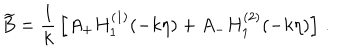
\widetilde { B } = { \frac { 1 } { k } } \left[ A _ { + } H _ { 1 } ^ { ( 1 ) } ( - k \eta ) + A _ { - } H _ { 1 } ^ { ( 2 ) } ( - k \eta ) \right] \, .